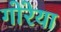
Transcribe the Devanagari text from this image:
गोरेया